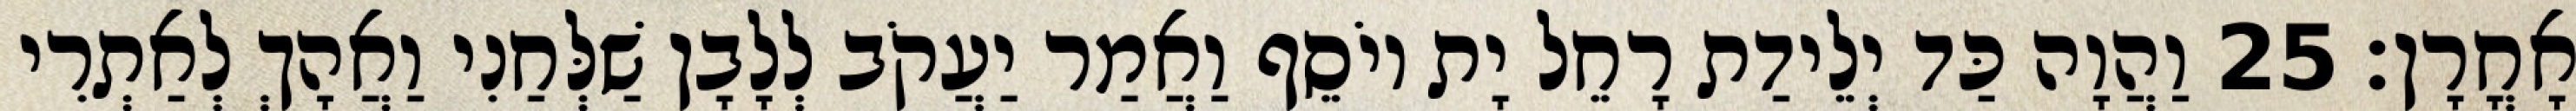
אָחֳרָן׃ 25 וַהֲוָה כַּד יְלֵידַת רָחֵל יָת יוֹסֵף וַאֲמַר יַעֲקֹב לְלָבָן שַׁלְּחַנִי וַאֲהָךְ לְאַתְרִי